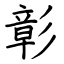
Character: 彰